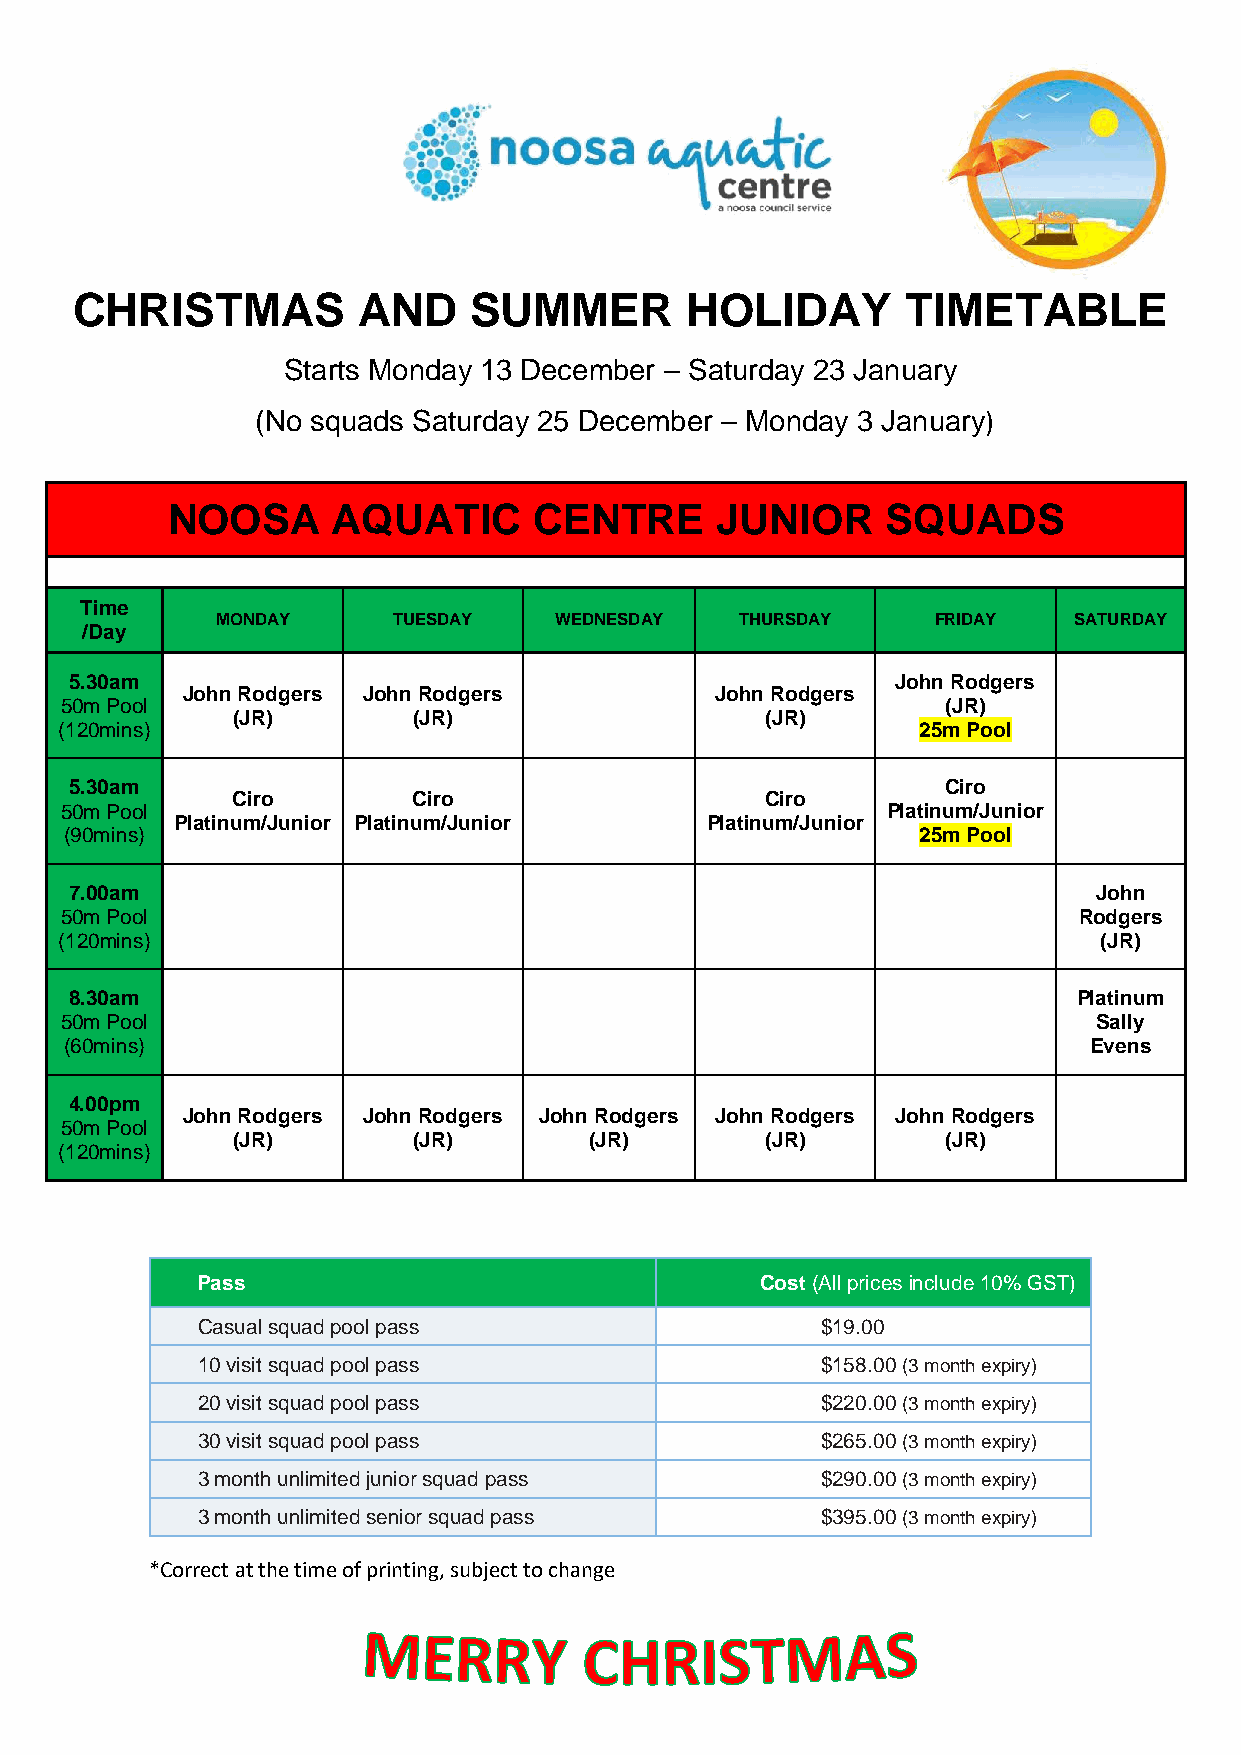
CHRISTMAS          AND    SUMMER        HOLIDAY        TIMETABLE
 Starts Monday 13 December – Saturday 23 January
 (No squads Saturday 25 December – Monday 3 January)
 NOOSA      AQUATIC      CENTRE      JUNIOR      SQUADS
 Time
 MONDAY      TUESDAY    WEDNESDAY   THURSDAY     FRIDAY   SATURDAY
 /Day
 5.30am                                                John Rodgers
 John Rodgers John Rodgers          John Rodgers
 50m Pool                                                   (JR)
 (JR)        (JR)                    (JR)
 (120mins)                                                25m Pool
 5.30am                                                   Ciro
 Ciro        Ciro                    Ciro
 50m Pool                                               Platinum/Junior
 Platinum/Junior Platinum/Junior    Platinum/Junior
 (90mins)                                                 25m Pool
 7.00am                                                              John
 50m Pool                                                           Rodgers
 (120mins)                                                            (JR)
 8.30am                                                            Platinum
 50m Pool                                                             Sally
 (60mins)                                                            Evens
 4.00pm
 John Rodgers John Rodgers John Rodgers John Rodgers John Rodgers
 50m Pool
 (JR)        (JR)        (JR)        (JR)        (JR)
 (120mins)
 Pass                                 Cost (All prices include 10% GST)
 Casual squad pool pass                   $19.00
 10 visit squad pool pass                 $158.00 (3 month expiry)
 20 visit squad pool pass                 $220.00 (3 month expiry)
 30 visit squad pool pass                 $265.00 (3 month expiry)
 3 month unlimited junior squad pass      $290.00 (3 month expiry)
 3 month unlimited senior squad pass      $395.00 (3 month expiry)
 *Correct at the time of printing, subject to change